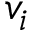
v _ { i }